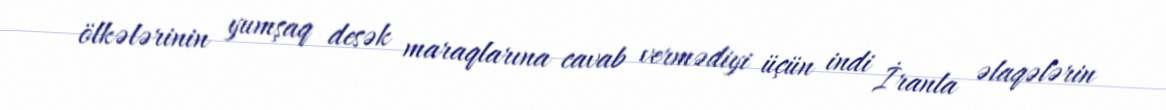
ölkələrinin yumşaq desək maraqlarına cavab vermədiyi üçün indi İranla əlaqələrin